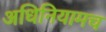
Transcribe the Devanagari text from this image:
अधिनियामच